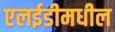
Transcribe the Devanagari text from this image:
एलईडीमधील